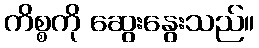
ကိစ္စကို ဆွေးနွေးသည်။